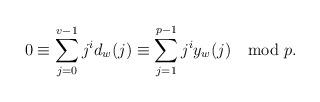
LaTeX: \begin{align*} 0\equiv\sum_{j = 0}^{v-1} j^{i}d_{w}(j) \equiv \sum_{j = 1}^{p-1} j^{i}y_{w}(j) \mod p. \end{align*}